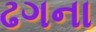
ઢગના